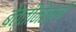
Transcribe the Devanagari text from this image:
बेत्तीनेल्ली